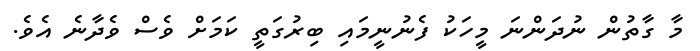
މާ ގާތުން ނުދަންނަ މީހަކު ފެނުނީމައި ބިރުގަތީ ކަމަށް ވެސް ވެދާނެ އެވެ.